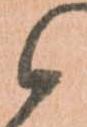
候